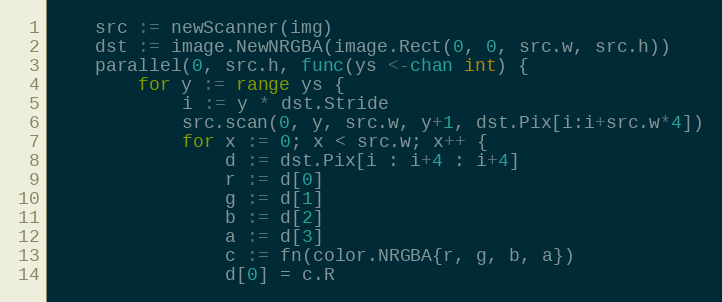
Language: Go
	src := newScanner(img)
	dst := image.NewNRGBA(image.Rect(0, 0, src.w, src.h))
	parallel(0, src.h, func(ys <-chan int) {
		for y := range ys {
			i := y * dst.Stride
			src.scan(0, y, src.w, y+1, dst.Pix[i:i+src.w*4])
			for x := 0; x < src.w; x++ {
				d := dst.Pix[i : i+4 : i+4]
				r := d[0]
				g := d[1]
				b := d[2]
				a := d[3]
				c := fn(color.NRGBA{r, g, b, a})
				d[0] = c.R